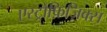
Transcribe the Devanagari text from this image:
एस्ट्रोफ़िज़िक्स